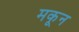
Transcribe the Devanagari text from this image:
मकून